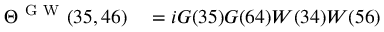
\begin{array} { r l } { \Theta ^ { \mathrm { ~ G ~ W ~ } } ( 3 5 , 4 6 ) } & { { } = i G ( 3 5 ) G ( 6 4 ) W ( 3 4 ) W ( 5 6 ) } \end{array}